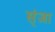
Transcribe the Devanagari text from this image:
स्ंज्ञा